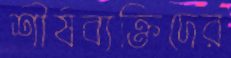
শীর্ষব্যক্তিদের